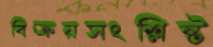
বিক্রয়সংশ্লিষ্ট